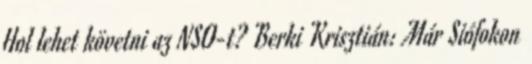
Hol lehet követni az NSO-t? Berki Krisztián: Már Siófokon